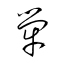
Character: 犖